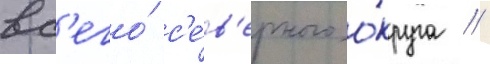
вс'его́ с'е́в'ерного о́круга //